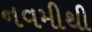
નવમીથી